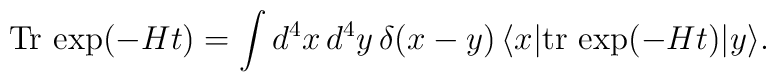
{\rm Tr}\,\exp(-Ht)=\int d^4x\,d^4y\,\delta(x-y)\,\langle x|{\rm tr}\,\exp(-Ht)|y\rangle.